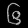
Digit: ၆